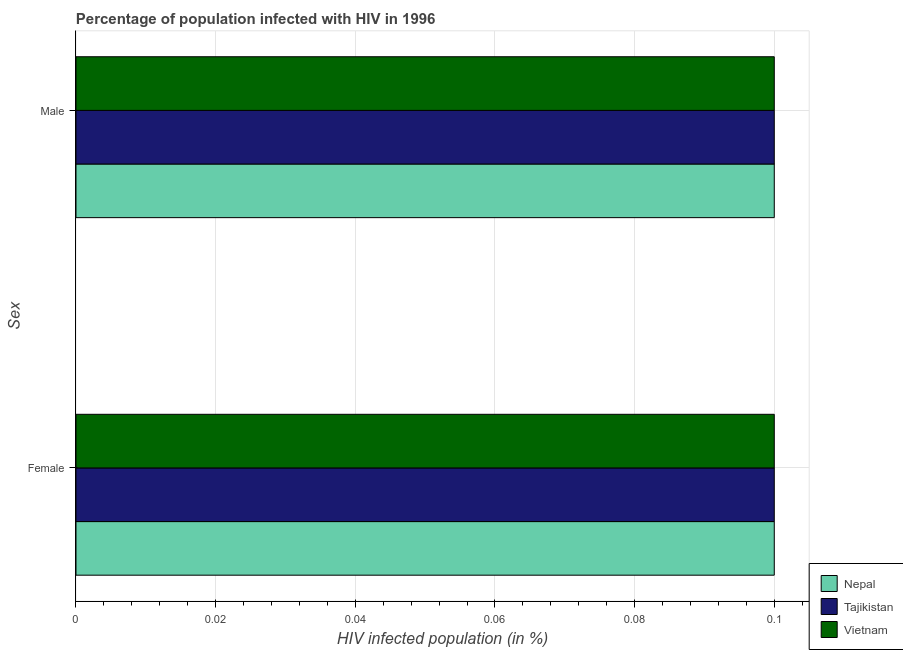
| Sex | Nepal | Tajikistan | Vietnam |
 | --- | --- | --- | --- |
 | Female | 0.1 | 0.1 | 0.1 |
 | Male | 0.1 | 0.1 | 0.1 |